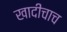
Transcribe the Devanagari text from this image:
खादीचाच